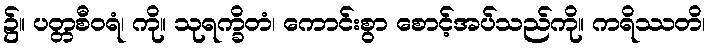
၌။ ပတ္တစီဝရံ၊ ကို။ သုရက္ခိတံ၊ ကောင်းစွာ စောင့်အပ်သည်ကို။ ကရိဿတိ၊